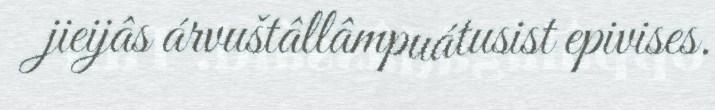
jieijâs árvuštâllâmpuátusist epivises.